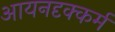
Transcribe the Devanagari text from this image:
आयनदृक्कर्म